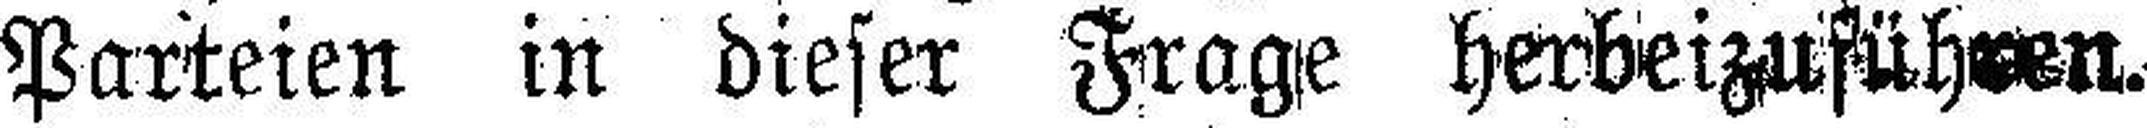
Parteien in dieser Frage herbeizuführen.